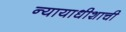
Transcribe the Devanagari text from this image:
न्यायाधीशाची